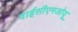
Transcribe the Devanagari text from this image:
वाईसीएमओयू